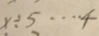
x \div 5 \cdots 4